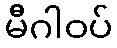
မီဂါဝပ်